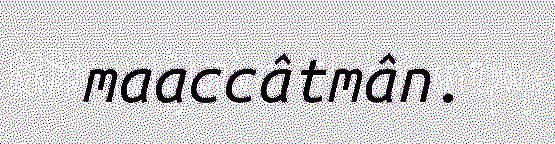
maaccâtmân.